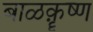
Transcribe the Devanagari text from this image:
बाळक़ॄष्‍ण